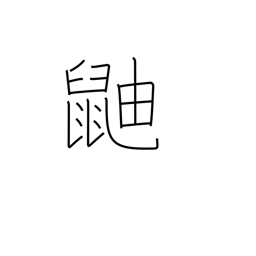
Meaning: skunk